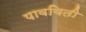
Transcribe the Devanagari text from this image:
पावविती